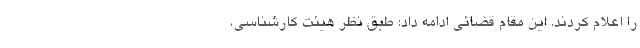
را اعلام کردند. این مقام قضائی ادامه داد: طبق نظر هیئت کارشناسی،